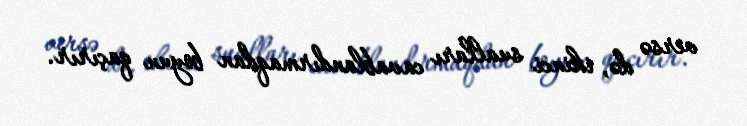
versə də, ikinci sualları cavablandırmaqdan boyun qaçırır.